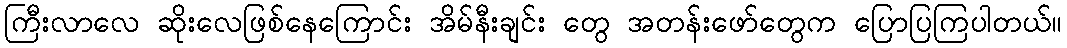
ကြီးလာလေ ဆိုးလေဖြစ်နေကြောင်း အိမ်နီးချင်း တွေ အတန်းဖော်တွေက ပြောပြကြပါတယ်။